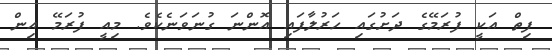
ފިތް އަކީ ފުރަމޭގެ ދަށުގައި ހަރުލާފައި އޮންނަ ގުނަވަނެކެވެ. މިއީ ފުރަމޭ އިން